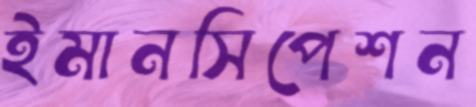
ইমানসিপেশন